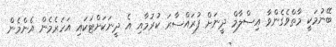
ބޭނުމަކީ މާތްވެގެންވާ އިސްލާމް ދީނަށް ފުރައްސާރަ ކުރުމާއި އެ ދީނަކަށްޓަކައި އަހަރެމެން އެންމެން